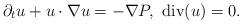
LaTeX: \begin{align*}\partial_{t}u+u\cdot\nabla u=-\nabla P,\ \mathrm{div}(u)=0.\end{align*}